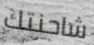
شاحنتك